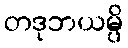
တဒုဘယမ္ပိ